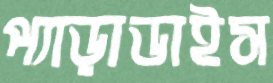
প্যাড়াডাইস